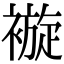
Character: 𧜽